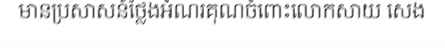
មានប្រសាសន៍ថ្លែងអំណរគុណចំពោះលោកសាយ សេង